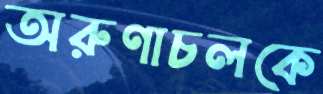
অরুণাচলকে